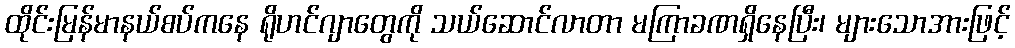
ထိုင်းမြန်မာနယ်စပ်ကနေ ရိုဟင်ဂျာတွေကို သယ်ဆောင်လာတာ မကြာခဏရှိနေပြီး၊ များသောအားဖြင့်